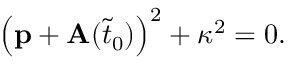
\begin{array} { r } { \left( \mathbf { p } + \mathbf { A } ( \tilde { t } _ { 0 } ) \right) ^ { 2 } + \kappa ^ { 2 } = 0 . } \end{array}